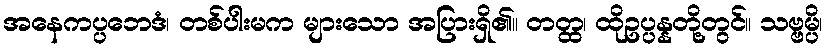
အနေကပ္ပဘေဒံ၊ တစ်ပါးမက များသော အပြားရှိ၏။ တတ္ထ၊ ထိုဥပ္ပန္နတို့တွင်။ သဗ္ဗမ္ပိ၊